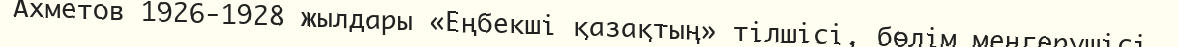
Ахметов 1926-1928 жылдары «Еңбекші қазақтың» тілшісі, бөлім меңгерушісі.